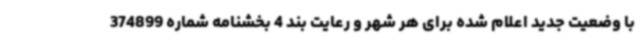
با وضعیت جدید اعلام شده برای هر شهر و رعایت بند 4 بخشنامه شماره 374899